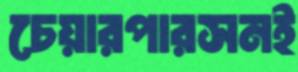
চেয়ারপারসনই